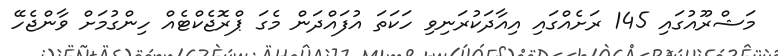
މަޝްރޫއުގައި 145 ރަށެއްގައި އިއާދަކުރަނިވި ހަކަތަ އުފައްދަން މެގަ ޕްރޮޖެކްޓެއް ހިންގުމަށް ވާންޖެހޭ